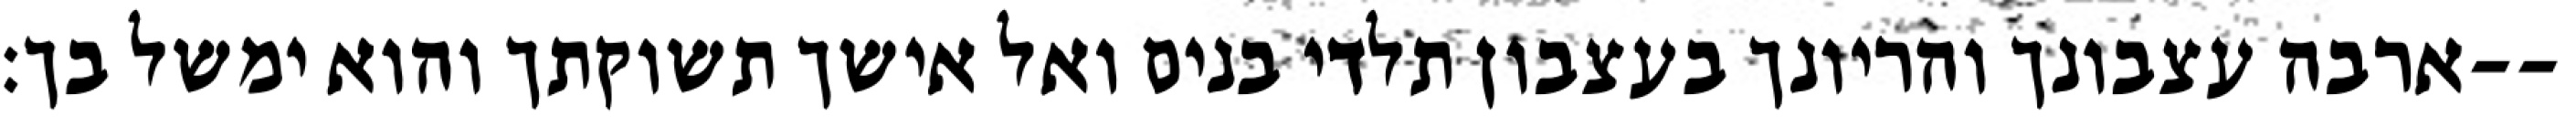
ארבה עצבונך והריונך בעצבון תלדי בנים ואל אישך תשוקתך והוא ימשל בך׃--